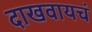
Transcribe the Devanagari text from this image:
दाखवायचं